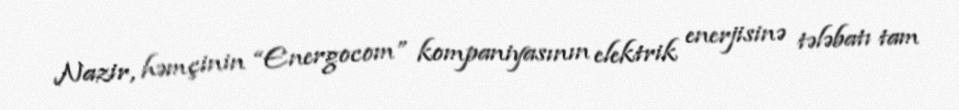
Nazir, həmçinin “Energocom” kompaniyasının elektrik enerjisinə tələbatı tam